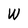
Character: W